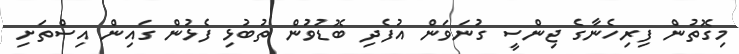
މިގޮތުން ފިރިހެނާގެ ޖިންސީ ގުނަވަން އުފެދި ބޮޑުވުން ތުބުޅި ފެޅުން ގައިން އިސްތަށި